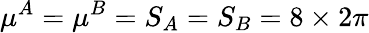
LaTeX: \mu^{A}=\mu^{B}=S_{A}=S_{B}=8\times 2\pi